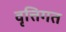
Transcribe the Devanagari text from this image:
वृत्तिगत